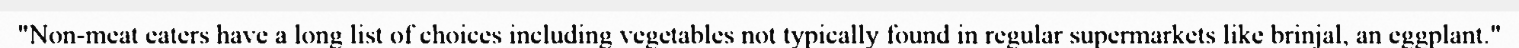
"Non-meat eaters have a long list of choices including vegetables not typically found in regular supermarkets like brinjal, an eggplant."